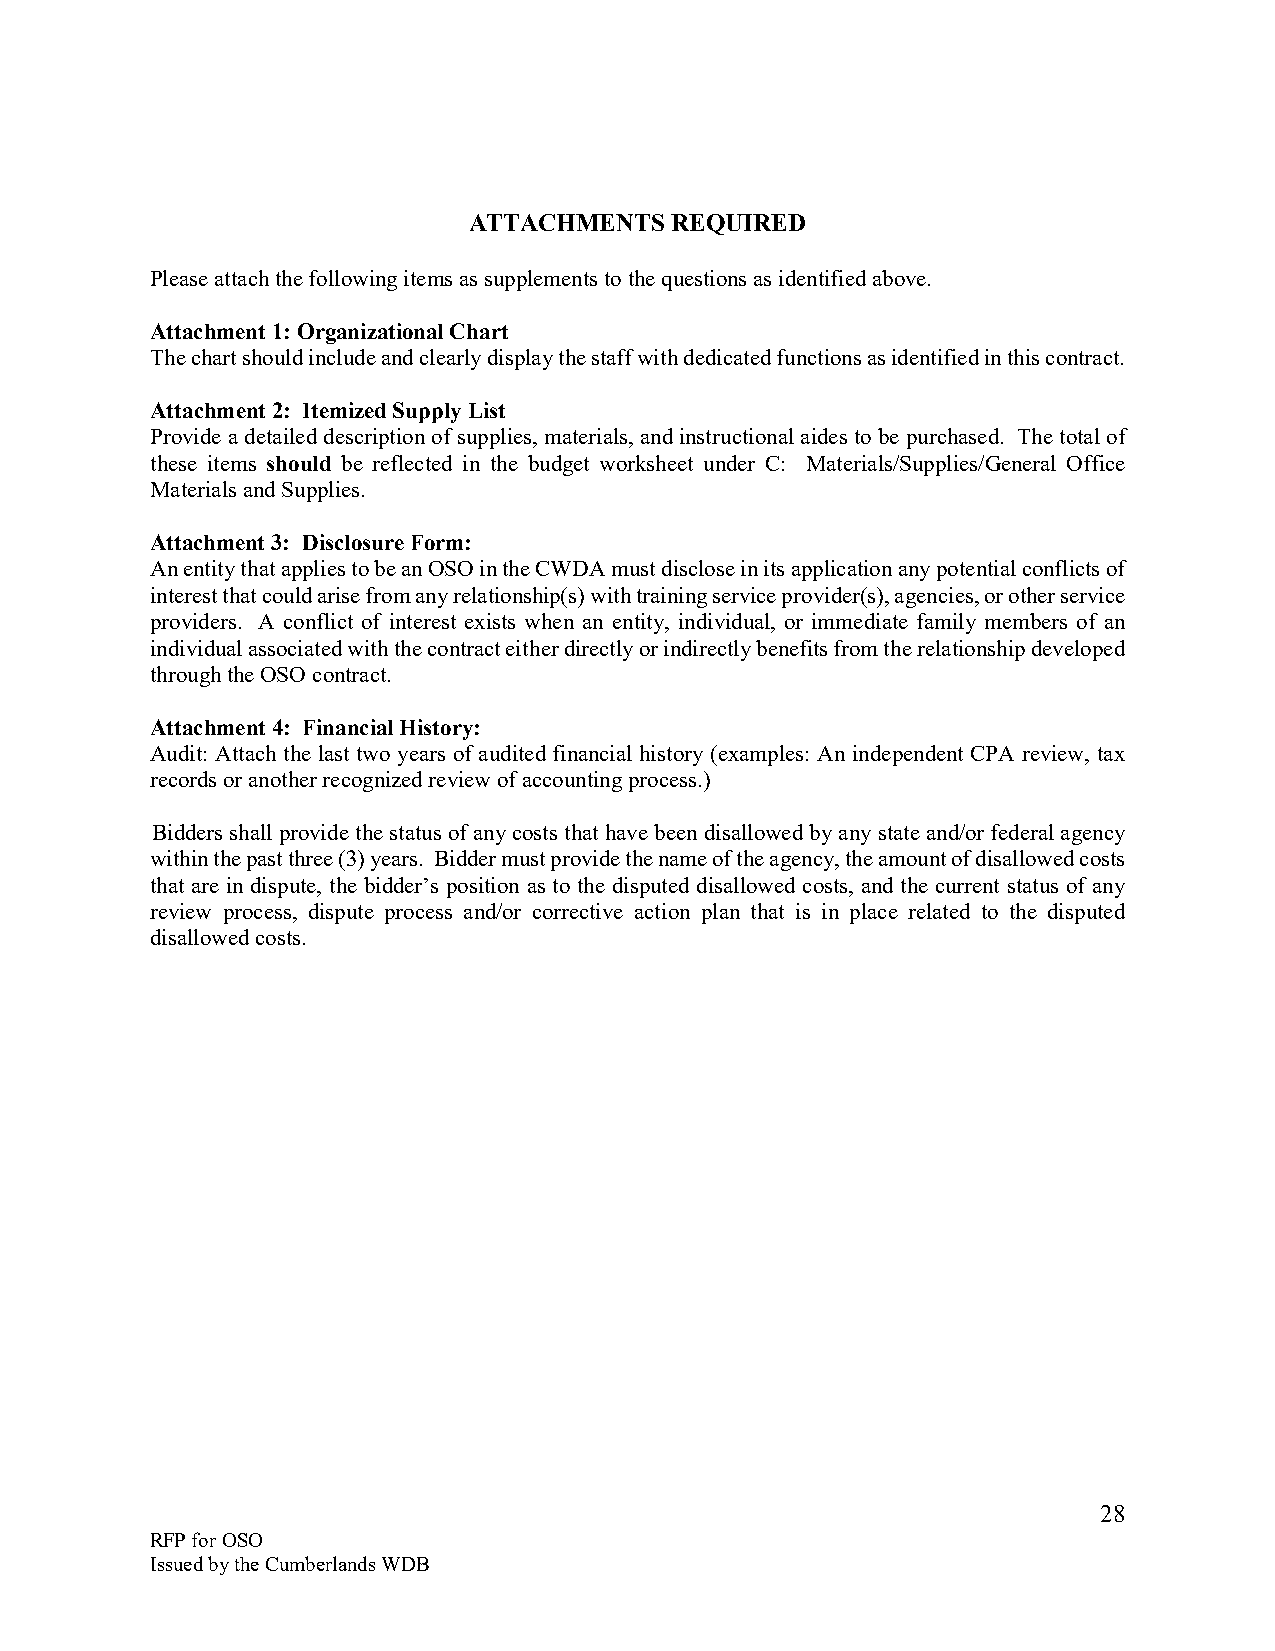
ATTACHMENTS  REQUIRED
 Please attach the following items as supplements to the questions as identified above.
 Attachment 1: Organizational Chart
 The chart should include and clearly display the staff with dedicated functions as identified in this contract.
 Attachment 2: Itemized Supply List
 Provide a detailed description of supplies, materials, and instructional aides to be purchased. The total of
 these items should be reflected in the budget worksheet under C: Materials/Supplies/General Office
 Materials and Supplies.
 Attachment 3: Disclosure Form:
 An entity that applies to be an OSO in the CWDA must disclose in its application any potential conflicts of
 interest that could arise from any relationship(s) with training service provider(s), agencies, or other service
 providers. A conflict of interest exists when an entity, individual, or immediate family members of an
 individual associated with the contract either directly or indirectly benefits from the relationship developed
 through the OSO contract.
 Attachment 4: Financial History:
 Audit: Attach the last two years of audited financial history (examples: An independent CPA review, tax
 records or another recognized review of accounting process.)
 Bidders shall provide the status of any costs that have been disallowed by any state and/or federal agency
 within the past three (3) years. Bidder must provide the name of the agency, the amount of disallowed costs
 that are in dispute, the bidder’s position as to the disputed disallowed costs, and the current status of any
 review process, dispute process and/or corrective action plan that is in place related to the disputed
 disallowed costs.
 28
 RFP for OSO
 Issued by the Cumberlands WDB